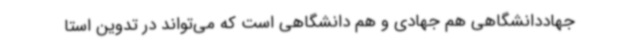
جهاددانشگاهی هم جهادی و هم دانشگاهی است که می‌تواند در تدوین استا